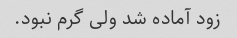
زود آماده شد ولی گرم نبود.